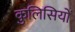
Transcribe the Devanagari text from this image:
कुलिसियों